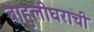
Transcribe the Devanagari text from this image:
बाहुलीघराची